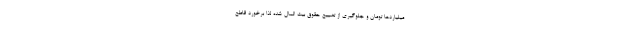
میلیاردها تومان و جلوگیری از تضییع حقوق بیت المال شده لذا برخورد قاطع